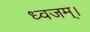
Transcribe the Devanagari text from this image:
ध्वजम्।